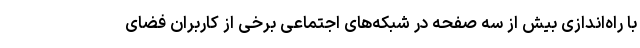
با راه‌اندازی بیش از سه صفحه در شبکه‌های اجتماعی برخی از کاربران فضای